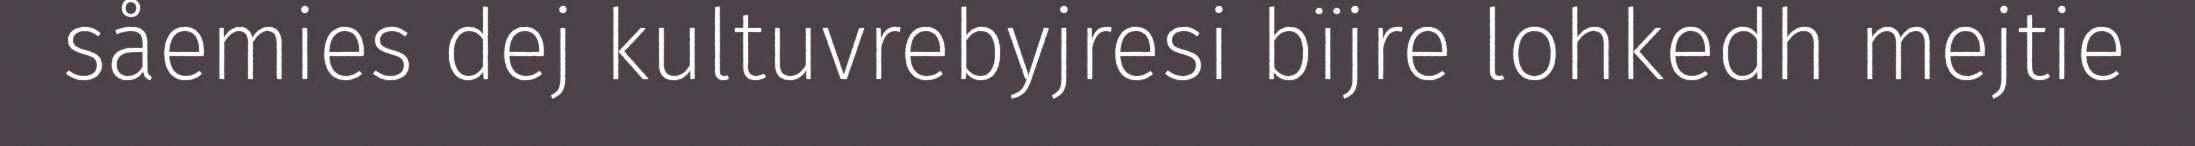
såemies dej kultuvrebyjresi bïjre lohkedh mejtie